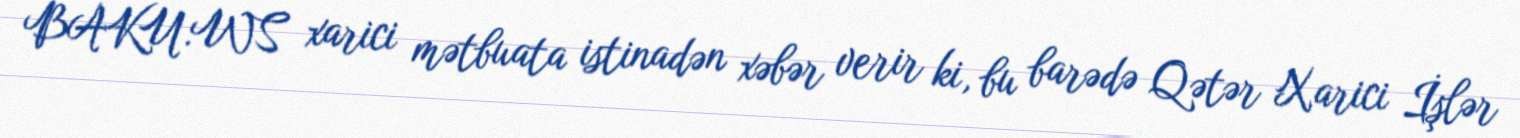
BAKU.WS xarici mətbuata istinadən xəbər verir ki, bu barədə Qətər Xarici İşlər